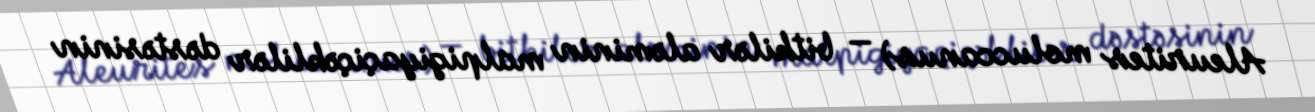
Aleurites moluccanus) — bitkilər aləminin malpigiyaçiçəklilər dəstəsinin